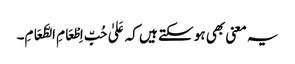
یہ معنی بھی ہو سکتے ہیں کہ عَلیٰ حُبِّ اِطْعَامِ الطَّعَامِ۔